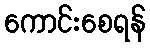
ကောင်းစေရန်